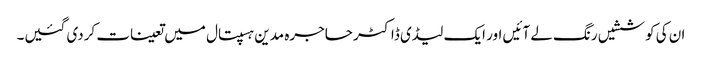
ان کی کوششیں رنگ لے آئیں اور ایک لیڈی ڈاکٹر حاجرہ مدین ہسپتال میں تعینات کردی گئیں۔